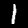
Digit: 1